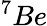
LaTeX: ^7Be